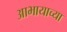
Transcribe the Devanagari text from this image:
आभायाच्या